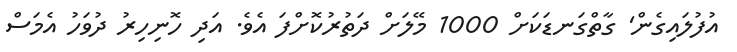
އުފުލައިގެން' ގާތްގަނޑަކަށް 1000 މޭލަށް ދަތުރުކޮށްފަ އެވެ. އަދި ހޮނިހިރު ދުވަހު އެމަސް